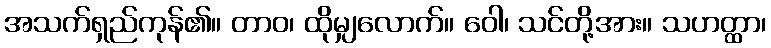
အသက်ရှည်ကုန်၏။ တာဝ၊ ထိုမျှလောက်။ ဝေါ၊ သင်တို့အား။ သဟတ္ထာ၊